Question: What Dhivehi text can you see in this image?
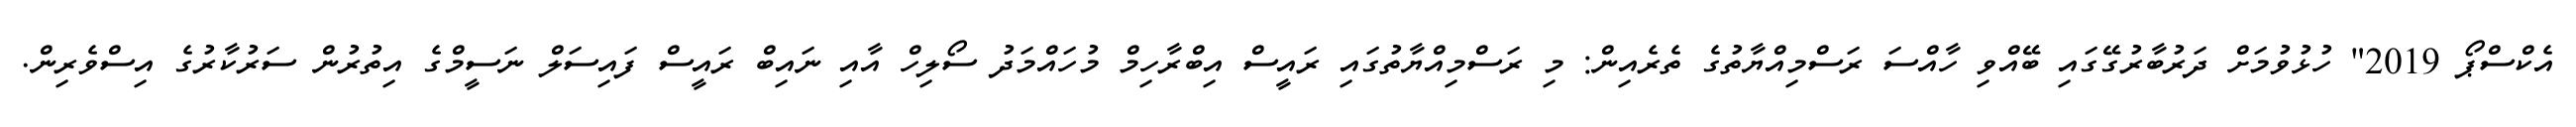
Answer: އެކްސްޕޯ 2019" ހުޅުވުމަށް ދަރުބާރުގޭގައި ބޭއްވި ހާއްސަ ރަސްމިއްޔާތުގެ ތެރެއިން: މި ރަސްމިއްޔާތުގައި ރައީސް އިބްރާހިމް މުހައްމަދު ސޯލިހް އާއި ނައިބް ރައީސް ފައިސަލް ނަސީމްގެ އިތުރުން ސަރުކާރުގެ އިސްވެރިން.